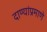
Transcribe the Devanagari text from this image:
दाण्यांप्रमाणे